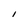
Character: I